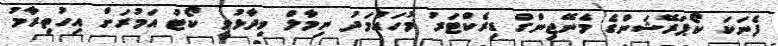
ފެނަކަ ކޯޕަރޭޝަންގެ މެނޭޖިންގް ޑިރެކްޓަރު މުހައްމަދު ނިމާލް ވިދާޅުވީ ކޯޓު އަމުރަށް އިހުތިރާމު